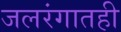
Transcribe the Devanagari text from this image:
जलरंगातही